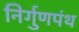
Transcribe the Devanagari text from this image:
निर्गुणपंथ